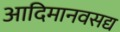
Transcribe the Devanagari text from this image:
आदिमानवसद्य